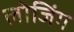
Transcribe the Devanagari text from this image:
लोजिंग